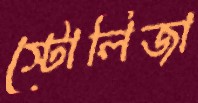
স্টোলিজা